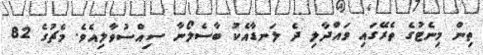
ތިން މިނެޓުގެ ތެރޭގައި ވައްދާލި ދެ ލަނޑާއެކު ބާސެލޯނާ ސިއްސުވާލިއެވެ. މެޗުގެ 82